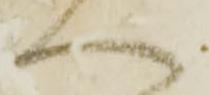
へ